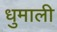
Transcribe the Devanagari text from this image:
धुमाली